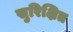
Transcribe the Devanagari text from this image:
सुरिक्षित